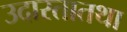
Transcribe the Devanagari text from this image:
उदारतातथा